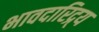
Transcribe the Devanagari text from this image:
भावदारिद्र्य